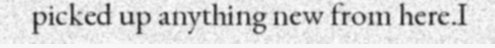
picked up anything new from here.I